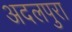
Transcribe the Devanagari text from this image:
अदलपुरा